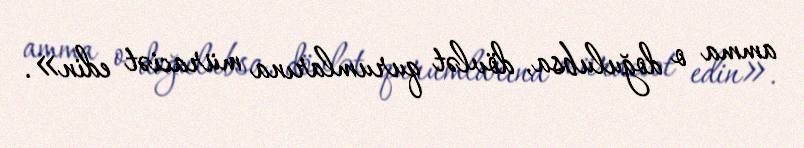
amma o doğulubsa, dövlət qurumlarına müraciət edin».